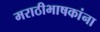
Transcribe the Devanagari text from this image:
मराठीभाषकांना